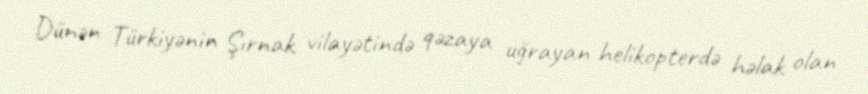
Dünən Türkiyənin Şırnak vilayətində qəzaya uğrayan helikopterdə həlak olan